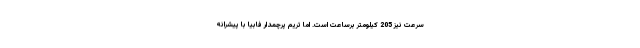
سرعت نیز 205 کیلومتر برساعت است. اما تریم پرچمدار فابیا با پیشرانه